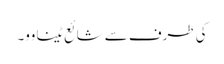
کی طرف سے شائع ٹینا وو۔